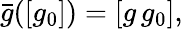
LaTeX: \begin{array}{r}{\bar{g}([g_{0}])=[g\, g_{0}],}\end{array}